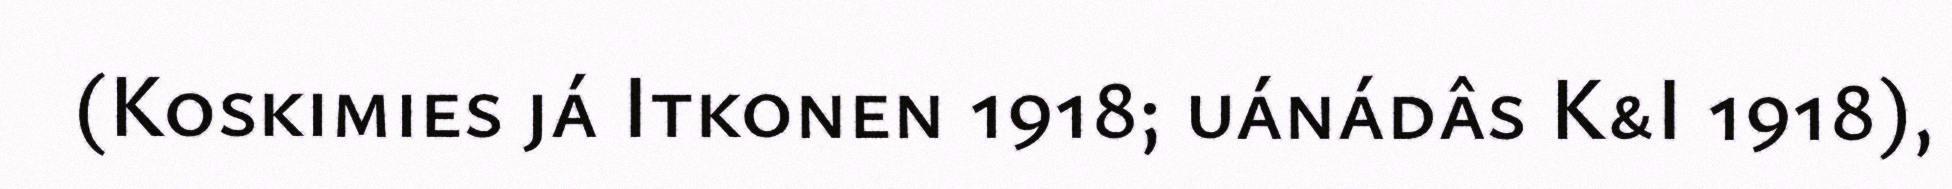
(Koskimies já Itkonen 1918; uánádâs K&I 1918),